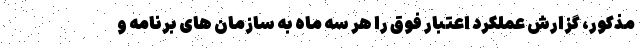
مذکور، گزارش عملکرد اعتبار فوق را هر سه ماه به سازمان های برنامه و